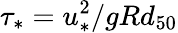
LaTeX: \tau_{*}=u_{*}^{2}/gRd_{50}